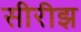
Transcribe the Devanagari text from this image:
सीरीझ